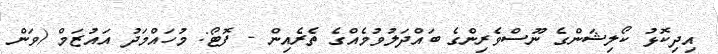
އިދިކޮޅު ކޯލިޝަންގެ ނޫސްވެރިންގެ ބައްދަލުވުމެއްގެ ތެރެއިން - ފޮޓޯ: މުހައްމަދު އައުޒަމް (ވަން